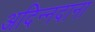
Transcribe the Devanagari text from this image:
अदिन्नदाना